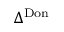
\Delta ^ { \mathrm { D o n } }